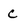
Character: C